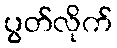
ပွတ်လိုက်